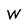
Character: W